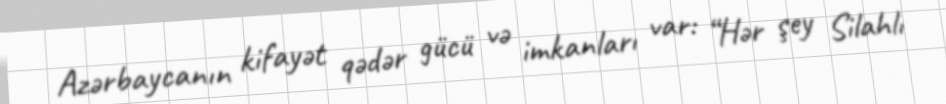
Azərbaycanın kifayət qədər gücü və imkanları var: “Hər şey Silahlı